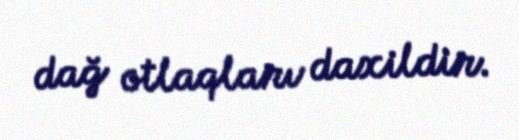
dağ otlaqları daxildir.